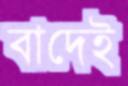
বাদেই